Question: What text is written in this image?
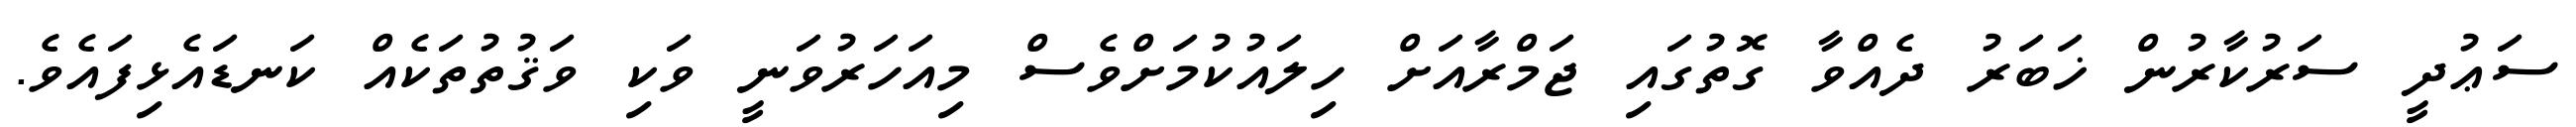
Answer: ސަޢުދީ ސަރުކާރުން ޚަބަރު ދެއްވާ ގޮތުގައި ޖަމްރާއަށް ހިލައުކުމަށްވެސް މިއަހަރުވަނީ ވަކި ވަޤުތުތަކެއް ކަނޑައެޅިފައެވެ.